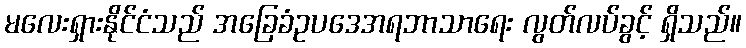
မလေးရှားနိုင်ငံသည် အခြေခံဥပဒေအရဘာသာရေး လွတ်လပ်ခွင့် ရှိသည်။